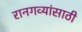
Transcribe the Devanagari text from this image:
रानगव्यांसाठी